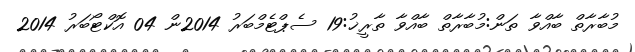
މުބާރާތް ބާއްވާ ތަން:މުބާރާތް ބާއްވާ ތާރީޚު:19 ސެޕްޓެމްބަރު 2014ން 04 އޮކްޓޯބަރު 2014